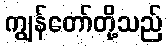
ကျွန်တော်တို့သည်